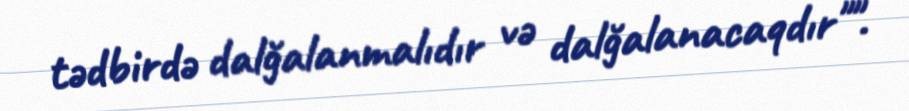
tədbirdə dalğalanmalıdır və dalğalanacaqdır"".